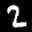
Label: 2